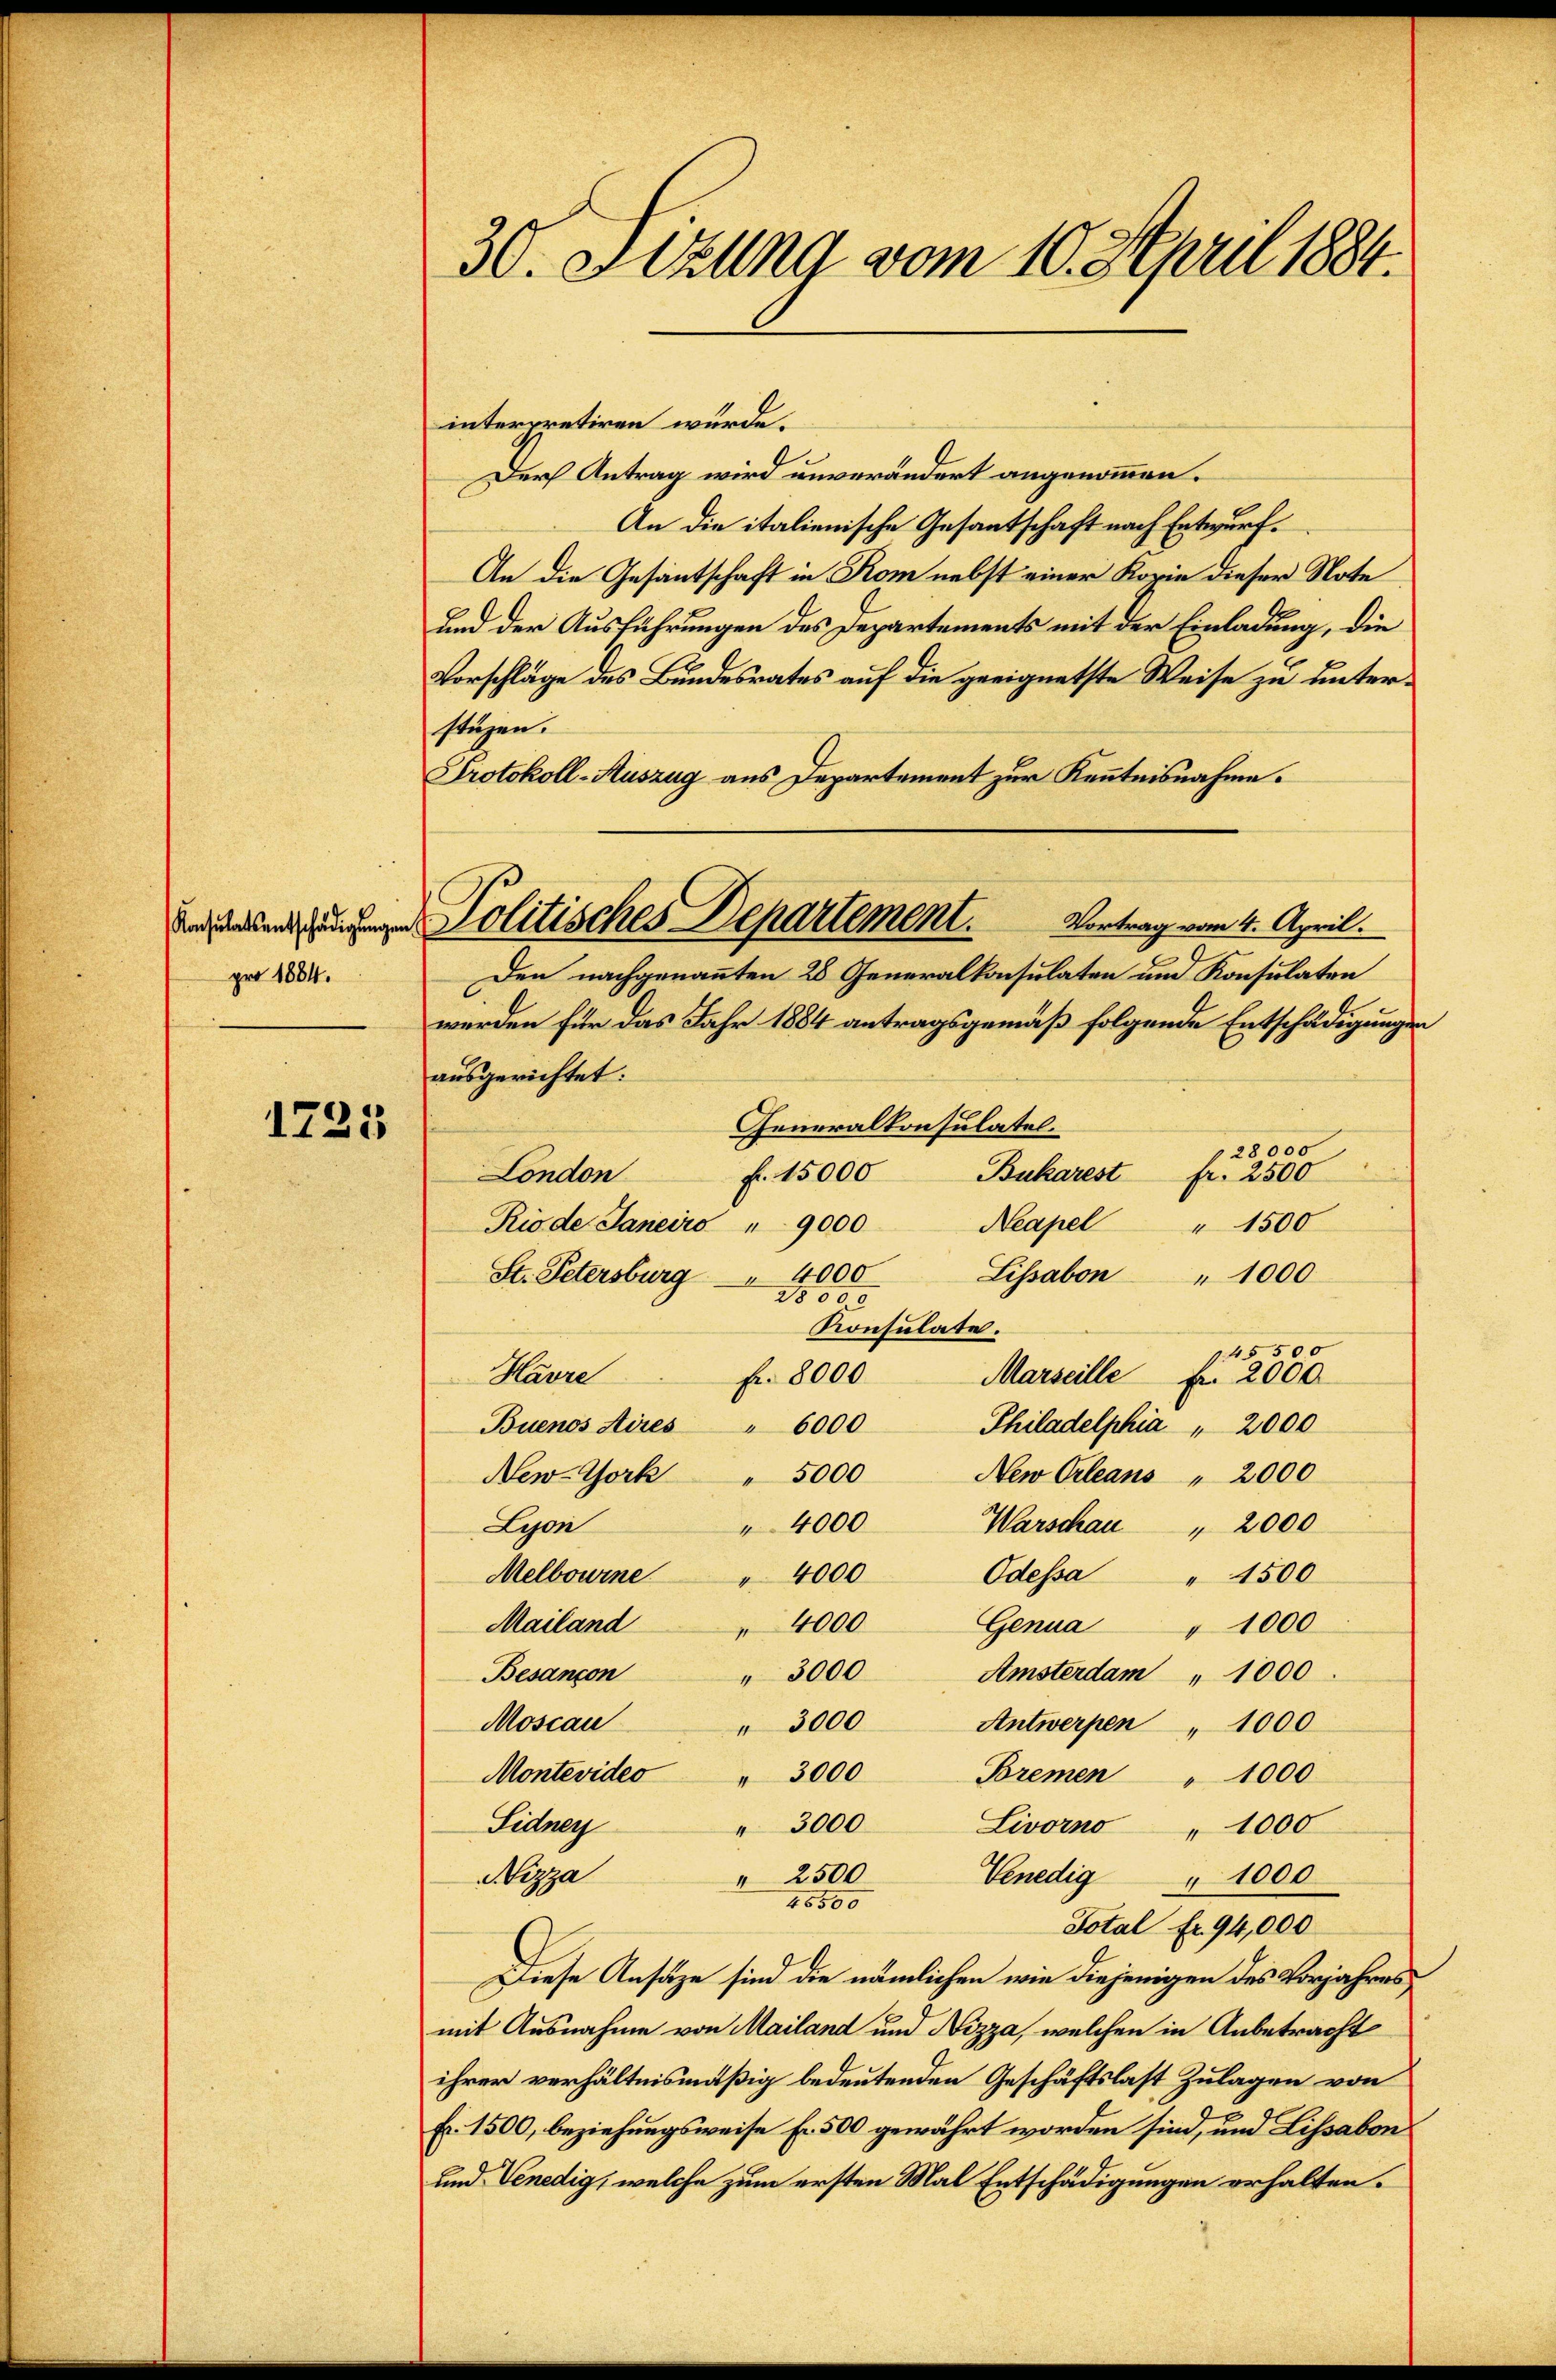
pro 1884.

1225

interpretiren würde.
Der Antrag wird unverändert angenommen.
An die italienische Gesantschaft nach Entwurf.
An die Gesantschaft in Kom nebst einer Kopie dieser Note
und der Ausführungen des Departements mit der Einladung, die
Vorschläge des Bundesrates auf die geeignetste Weise zu unterstüzen.
Protokoll-Auszug aus Departement zur Kenntnisnahme.
Den nachgenannten 28 Generalkonsulaten und Konsulaten
werden für das Jahr 1884 antragsgemäß folgende Entschädigungen
ausgerichtet:
Generalkonsulatel.
28000
f. 15000
London
Bukarest
fr. 2500
Neapel
Rio de Janeiro " 9000
" 1500
Lissabon " 1000
St. Petersburg 4000
28000
Konsulate.
145500
fr. 8000
Havre
Marseille fr. 2000
Buenos Aires " 6000
Philadelphia " 2000
New Orleans " 2000
New-York " 5000
Lyon
4000
Warschau " 2000
Melbourne " 4000
Odessa " 1500
Mailand
4000
Genua " 1000
" 3000
Besançon
Amsterdam " 1000
Moscau
3000
Antwerpen " 1000
Montevideo " 3000
Bremen " 1000
Sidner
" 3000
Livorno " 1000
Nizza
Venedig " 1000
" 2500
4500
Total Fr. 94,000
Diese Ansätze sind die nämlichen wie diejenigen des Vorjahres
mit Ausnahme von Mailand und Nizza, welchen in Anbetracht
ihrer verhältnismäßig bedeutenden Geschäftslast Zulagen von
fr. 1500, beziehungsweise Fr. 500 gewährt worden sind, und Lissabon
und Venedig, welche zum ersten Mal Entschädigungen erhalten.

30. Stzung vom 10. April 1884.

Politisches Departement. Vortrag vom 4. April.